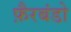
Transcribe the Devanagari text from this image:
फ़ैरबंडो